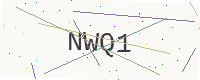
Text: NWQ1